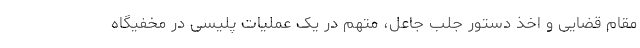
مقام قضایی و اخذ دستور جلب جاعل، متهم در یک عملیات پلیسی در مخفیگاه